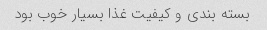
بسته بندی و کیفیت غذا بسیار خوب بود